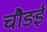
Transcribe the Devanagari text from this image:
चौङई